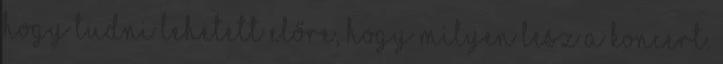
hogy Tudni lehetett előre, hogy milyen lesz a koncert.